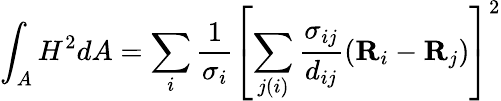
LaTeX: \int_{A}H^{2}dA=\sum_{i}\frac{1}{\sigma_{i}}\left[\sum_{j(i)}\frac{\sigma_{ij}}{d_{ij}}(\textbf{R}_{i}-\textbf{R}_{j})\right]^{2}